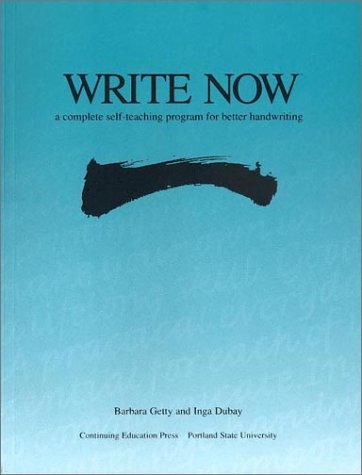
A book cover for Write Now: A Complete Self-teaching Program for Better Handwriting; Barbara Getty; Business & Money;